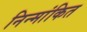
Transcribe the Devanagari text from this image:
निन्मांकित